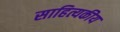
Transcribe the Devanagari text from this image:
साहित्यकीय